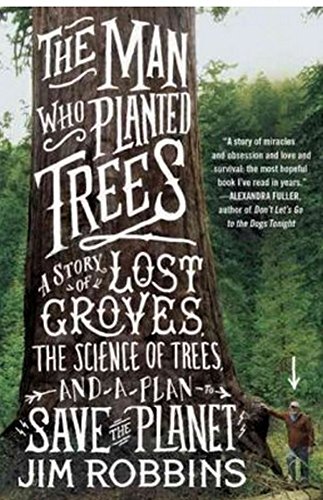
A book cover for The Man Who Planted Trees: A Story of Lost Groves, the Science of Trees, and a Plan to Save the Planet; Jim Robbins; Science & Math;